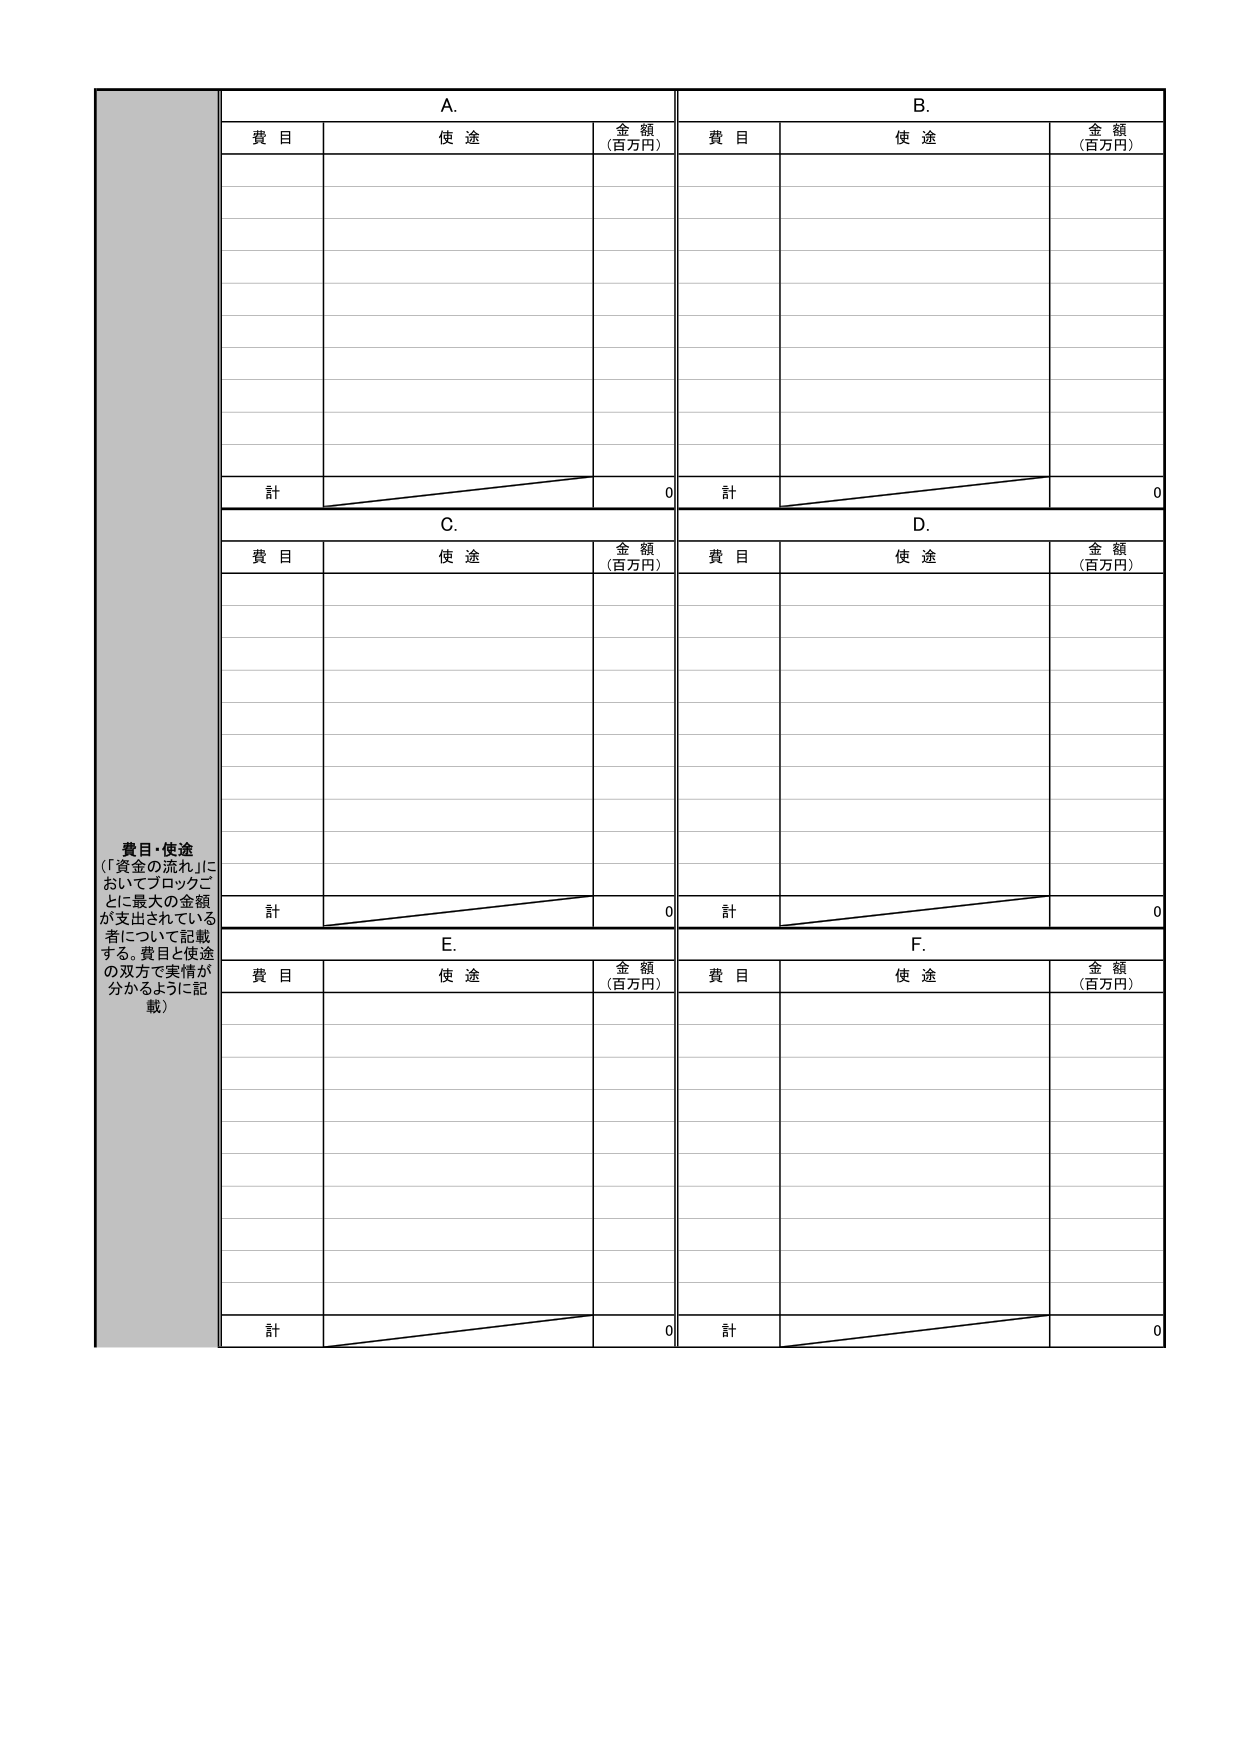
費目・使途
（「資金の流れ」においてブロックごとに最大の金額が支出されている者について記載する。費目と使途の双方で実情が分かるように記載）

A.
費目　　使途　　金額（百万円）
計　　　　　　　　　　0

B.
費目　　使途　　金額（百万円）
計　　　　　　　　　　0

C.
費目　　使途　　金額（百万円）
計　　　　　　　　　　0

D.
費目　　使途　　金額（百万円）
計　　　　　　　　　　0

E.
費目　　使途　　金額（百万円）
計　　　　　　　　　　0

F.
費目　　使途　　金額（百万円）
計　　　　　　　　　　0